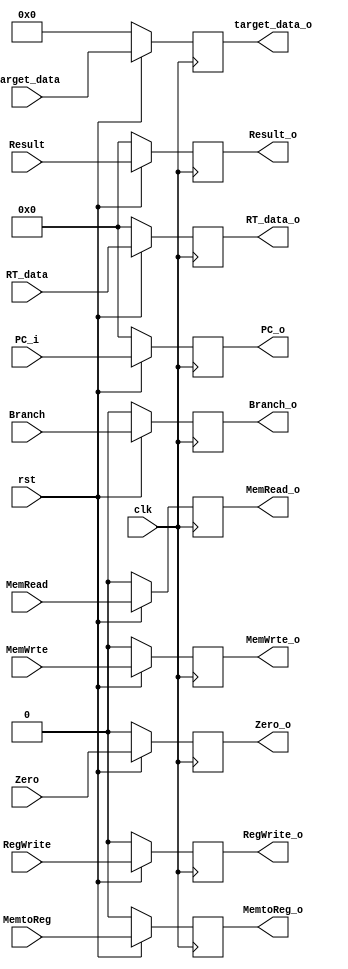
module EXtoMEM(clk, rst, RegWrite, MemtoReg, Branch, MemRead, MemWrte, Zero, PC_i, Result, RT_data, target_data, RegWrite_o, MemtoReg_o, Branch_o, MemRead_o, MemWrte_o, Zero_o, PC_o, Result_o, RT_data_o, target_data_o);

input clk;
input rst;
input RegWrite;
input MemtoReg;
input Branch;
input MemRead;
input MemWrte;
input Zero;



input [32-1:0]PC_i;
input [32-1:0]Result;
input [32-1:0]RT_data;
input [5-1:0]target_data;
////////////////////////////////////////////////////////////
output reg RegWrite_o;
output reg MemtoReg_o;
output reg Branch_o;
output reg MemRead_o;
output reg MemWrte_o;
output reg Zero_o;



output reg [32-1:0]PC_o;
output reg [32-1:0]Result_o;
output reg [32-1:0]RT_data_o;
output reg [5-1:0]target_data_o;

always @(posedge clk) begin
	if(rst == 0) begin
		RegWrite_o <= 0;
		MemtoReg_o <= 0;
		Branch_o <= 0;
		MemRead_o <= 0;
		MemWrte_o <= 0;
		Zero_o <= 0;
		PC_o <= 0;
		Result_o <= 0;
		RT_data_o <= 0;
		target_data_o <= 0;
	end
	else begin
		RegWrite_o <= RegWrite;
		MemtoReg_o <= MemtoReg;
		Branch_o <= Branch;
		MemRead_o <= MemRead;
		MemWrte_o <= MemWrte;
		Zero_o <= Zero;
		PC_o <= PC_i;
		Result_o <= Result;
		RT_data_o <= RT_data;
		target_data_o <= target_data;
	end
end

endmodule